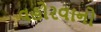
વહોરવાનો